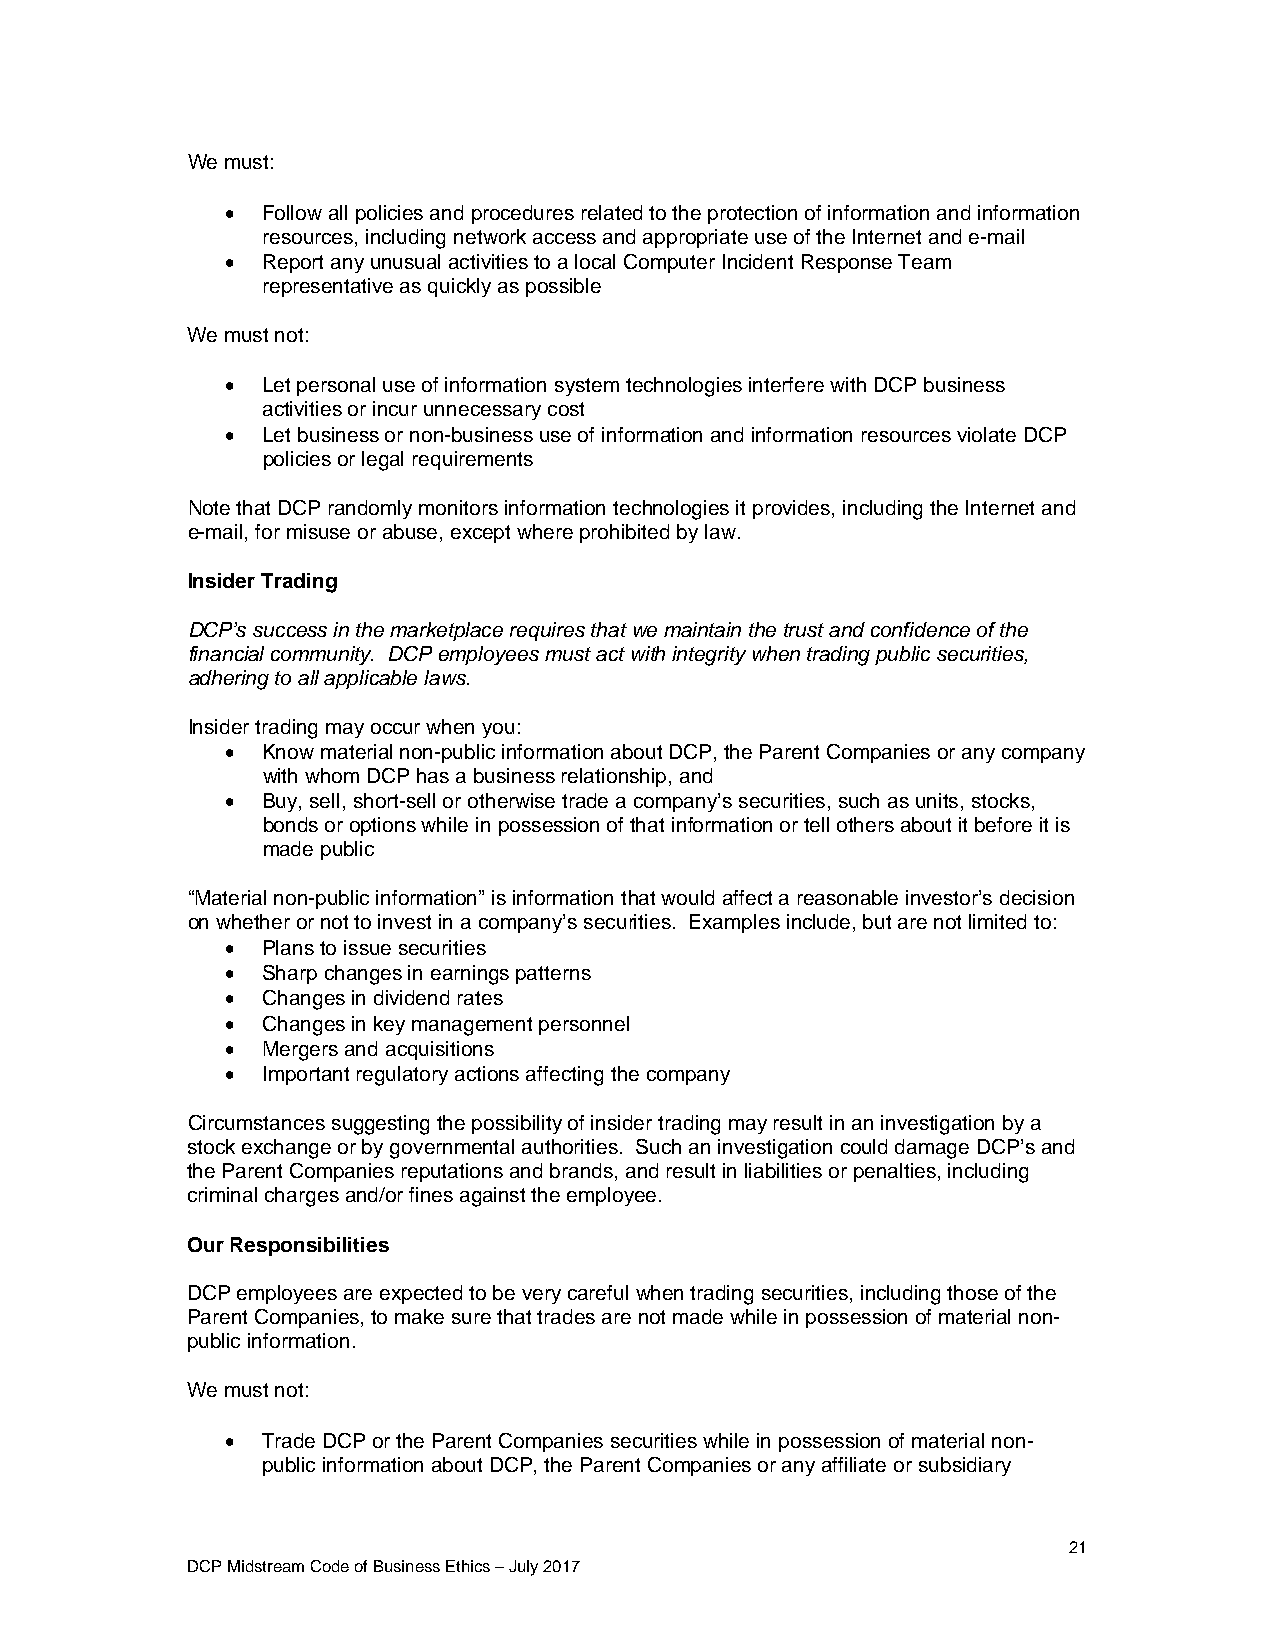
We must:
  Follow all policies and procedures related to the protection of information and information
 resources, including network access and appropriate use of the Internet and e-mail
  Report any unusual activities to a local Computer Incident Response Team
 representative as quickly as possible
 We must not:
  Let personal use of information system technologies interfere with DCP business
 activities or incur unnecessary cost
  Let business or non-business use of information and information resources violate DCP
 policies or legal requirements
 Note that DCP randomly monitors information technologies it provides, including the Internet and
 e-mail, for misuse or abuse, except where prohibited by law.
 Insider Trading
 DCP’s success in the marketplace requires that we maintain the trust and confidence of the
 financial community. DCP employees must act with integrity when trading public securities,
 adhering to all applicable laws.
 Insider trading may occur when you:
  Know material non-public information about DCP, the Parent Companies or any company
 with whom DCP has a business relationship, and
  Buy, sell, short-sell or otherwise trade a company’s securities, such as units, stocks,
 bonds or options while in possession of that information or tell others about it before it is
 made public
 “Material non-public information” is information that would affect a reasonable investor’s decision
 on whether or not to invest in a company’s securities. Examples include, but are not limited to:
  Plans to issue securities
  Sharp changes in earnings patterns
  Changes in dividend rates
  Changes in key management personnel
  Mergers and acquisitions
  Important regulatory actions affecting the company
 Circumstances suggesting the possibility of insider trading may result in an investigation by a
 stock exchange or by governmental authorities. Such an investigation could damage DCP’s and
 the Parent Companies reputations and brands, and result in liabilities or penalties, including
 criminal charges and/or fines against the employee.
 Our Responsibilities
 DCP employees are expected to be very careful when trading securities, including those of the
 Parent Companies, to make sure that trades are not made while in possession of material non-
 public information.
 We must not:
  Trade DCP or the Parent Companies securities while in possession of material non-
 public information about DCP, the Parent Companies or any affiliate or subsidiary
 21
 DCP Midstream Code of Business Ethics – July 2017